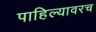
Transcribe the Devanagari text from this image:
पाहिल्यावरच